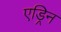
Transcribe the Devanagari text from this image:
एड्रिन